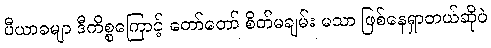
ပီယာခမျာ ဒီကိစ္စကြောင့် တော်တော် စိတ်မချမ်း မသာ ဖြစ်နေရှာတယ်ဆိုပဲ